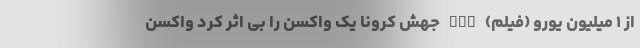
از ۱ میلیون یورو (فیلم) nan جهش کرونا یک واکسن را بی اثر کرد واکسن